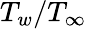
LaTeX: T_{w}/T_{\infty}